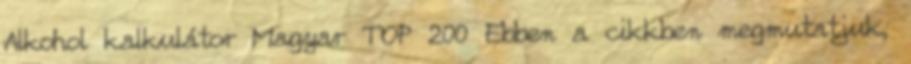
Alkohol kalkulátor Magyar TOP 200 Ebben a cikkben megmutatjuk,